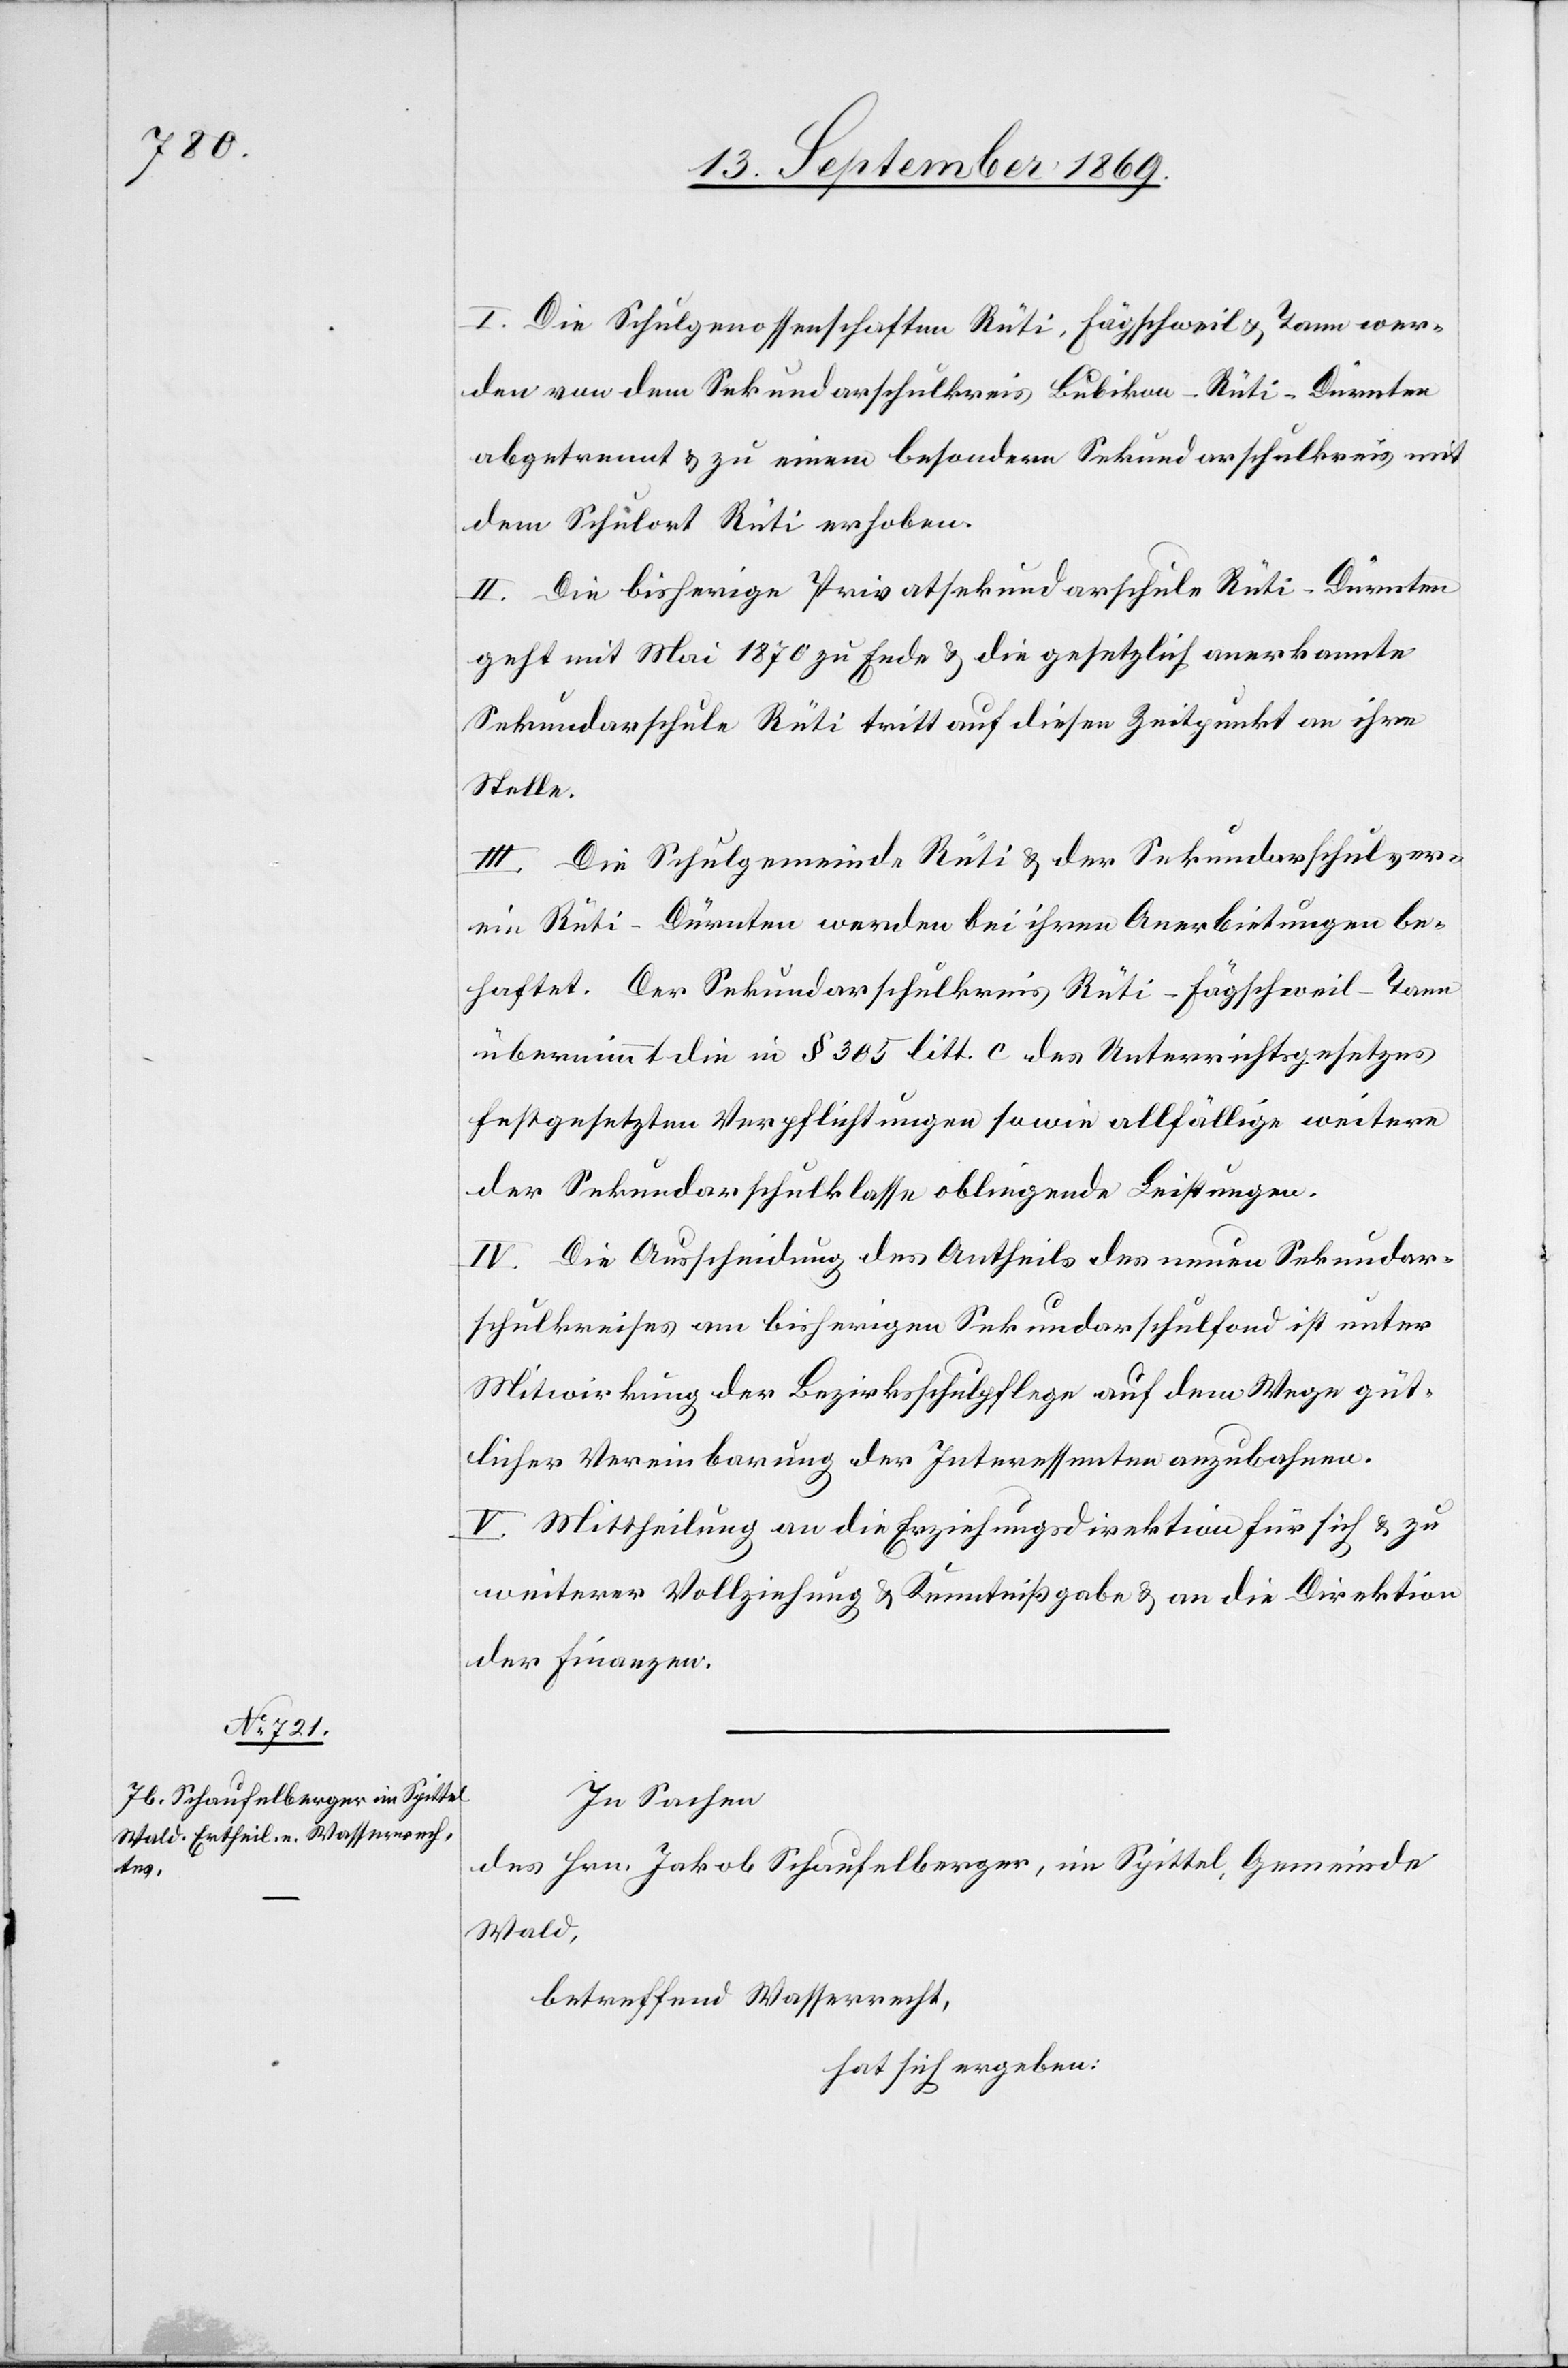
I. Die Schulgenossenschaften Rüti, Fägschweil & Tann wer¬
den von dem Sekundarschulkreis Bubikon-Rüti-Dürnten
abgetrennt & zu einem besondern Sekundarschulkreis mit
dem Schulort Rüti erhoben.
II. Die bisherige Privatsekundarschule Rüti-Dürnten
geht mit Mai 1870 zu Ende & die gesetzlich anerkannte
Sekundarschule Rüti tritt auf diesen Zeitpunkt an ihre
Stelle.
III. Die Schulgemeinde Rüti & der Sekundarschulver¬
ein Rüti-Dürnten werden bei ihren Anerbietungen be¬
haftet. Der Sekundarschulkreis Rüti-Fägschweil-Tann
übernimmt die in § 305 litt. c des Unterrichtsgesetzes
festgesetzten Verpflichtungen sowie allfällige weitere
der Sekundarschulklasse obliegende Leistungen.
IV. Die Ausscheidung des Antheils des neuen Sekundar¬
schulkreises am bisherigen Sekundarschulfond ist unter
Mitwirkung der Bezirksschulpflege auf dem Wege güt¬
licher Vereinbarung der Interessenten anzubahnen.
V. Mittheilung an die Erziehungsdirektion für sich & zu
weiterer Vollziehung & Kenntnißgabe & an die Direktion
der Finanzen.
In Sachen
des Hrn. Jakob Schaufelberger, im Spittel, Gemeinde
Wald,
betreffend Wasserrecht,
hat sich ergeben: